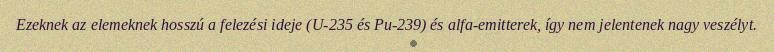
Ezeknek az elemeknek hosszú a felezési ideje (U-235 és Pu-239) és alfa-emitterek, így nem jelentenek nagy veszélyt.